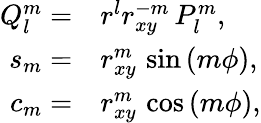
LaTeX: \begin{array}{rl}{Q_{l}^{m}=}&{{}r^{l}r_{xy}^{-m}\, P_{l}^{m},}\\ {s_{m}=}&{{}r_{xy}^{m}\, \sin{(m\phi)},}\\ {c_{m}=}&{{}r_{xy}^{m}\, \cos{(m\phi)},}\end{array}